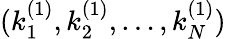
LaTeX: (k_{1}^{(1)},k_{2}^{(1)},\dots,k_{N}^{(1)})